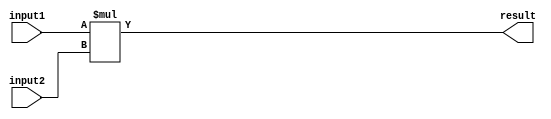
module fixed_point_multiplier(
    input [15:0] input1, // First fixed-point input
    input [15:0] input2, // Second fixed-point input
    output reg [31:0] result // Multiplication result
);

// Arithmetic block performing multiplication
always @(*) begin
    result = input1 * input2; // Perform multiplication
end

endmodule